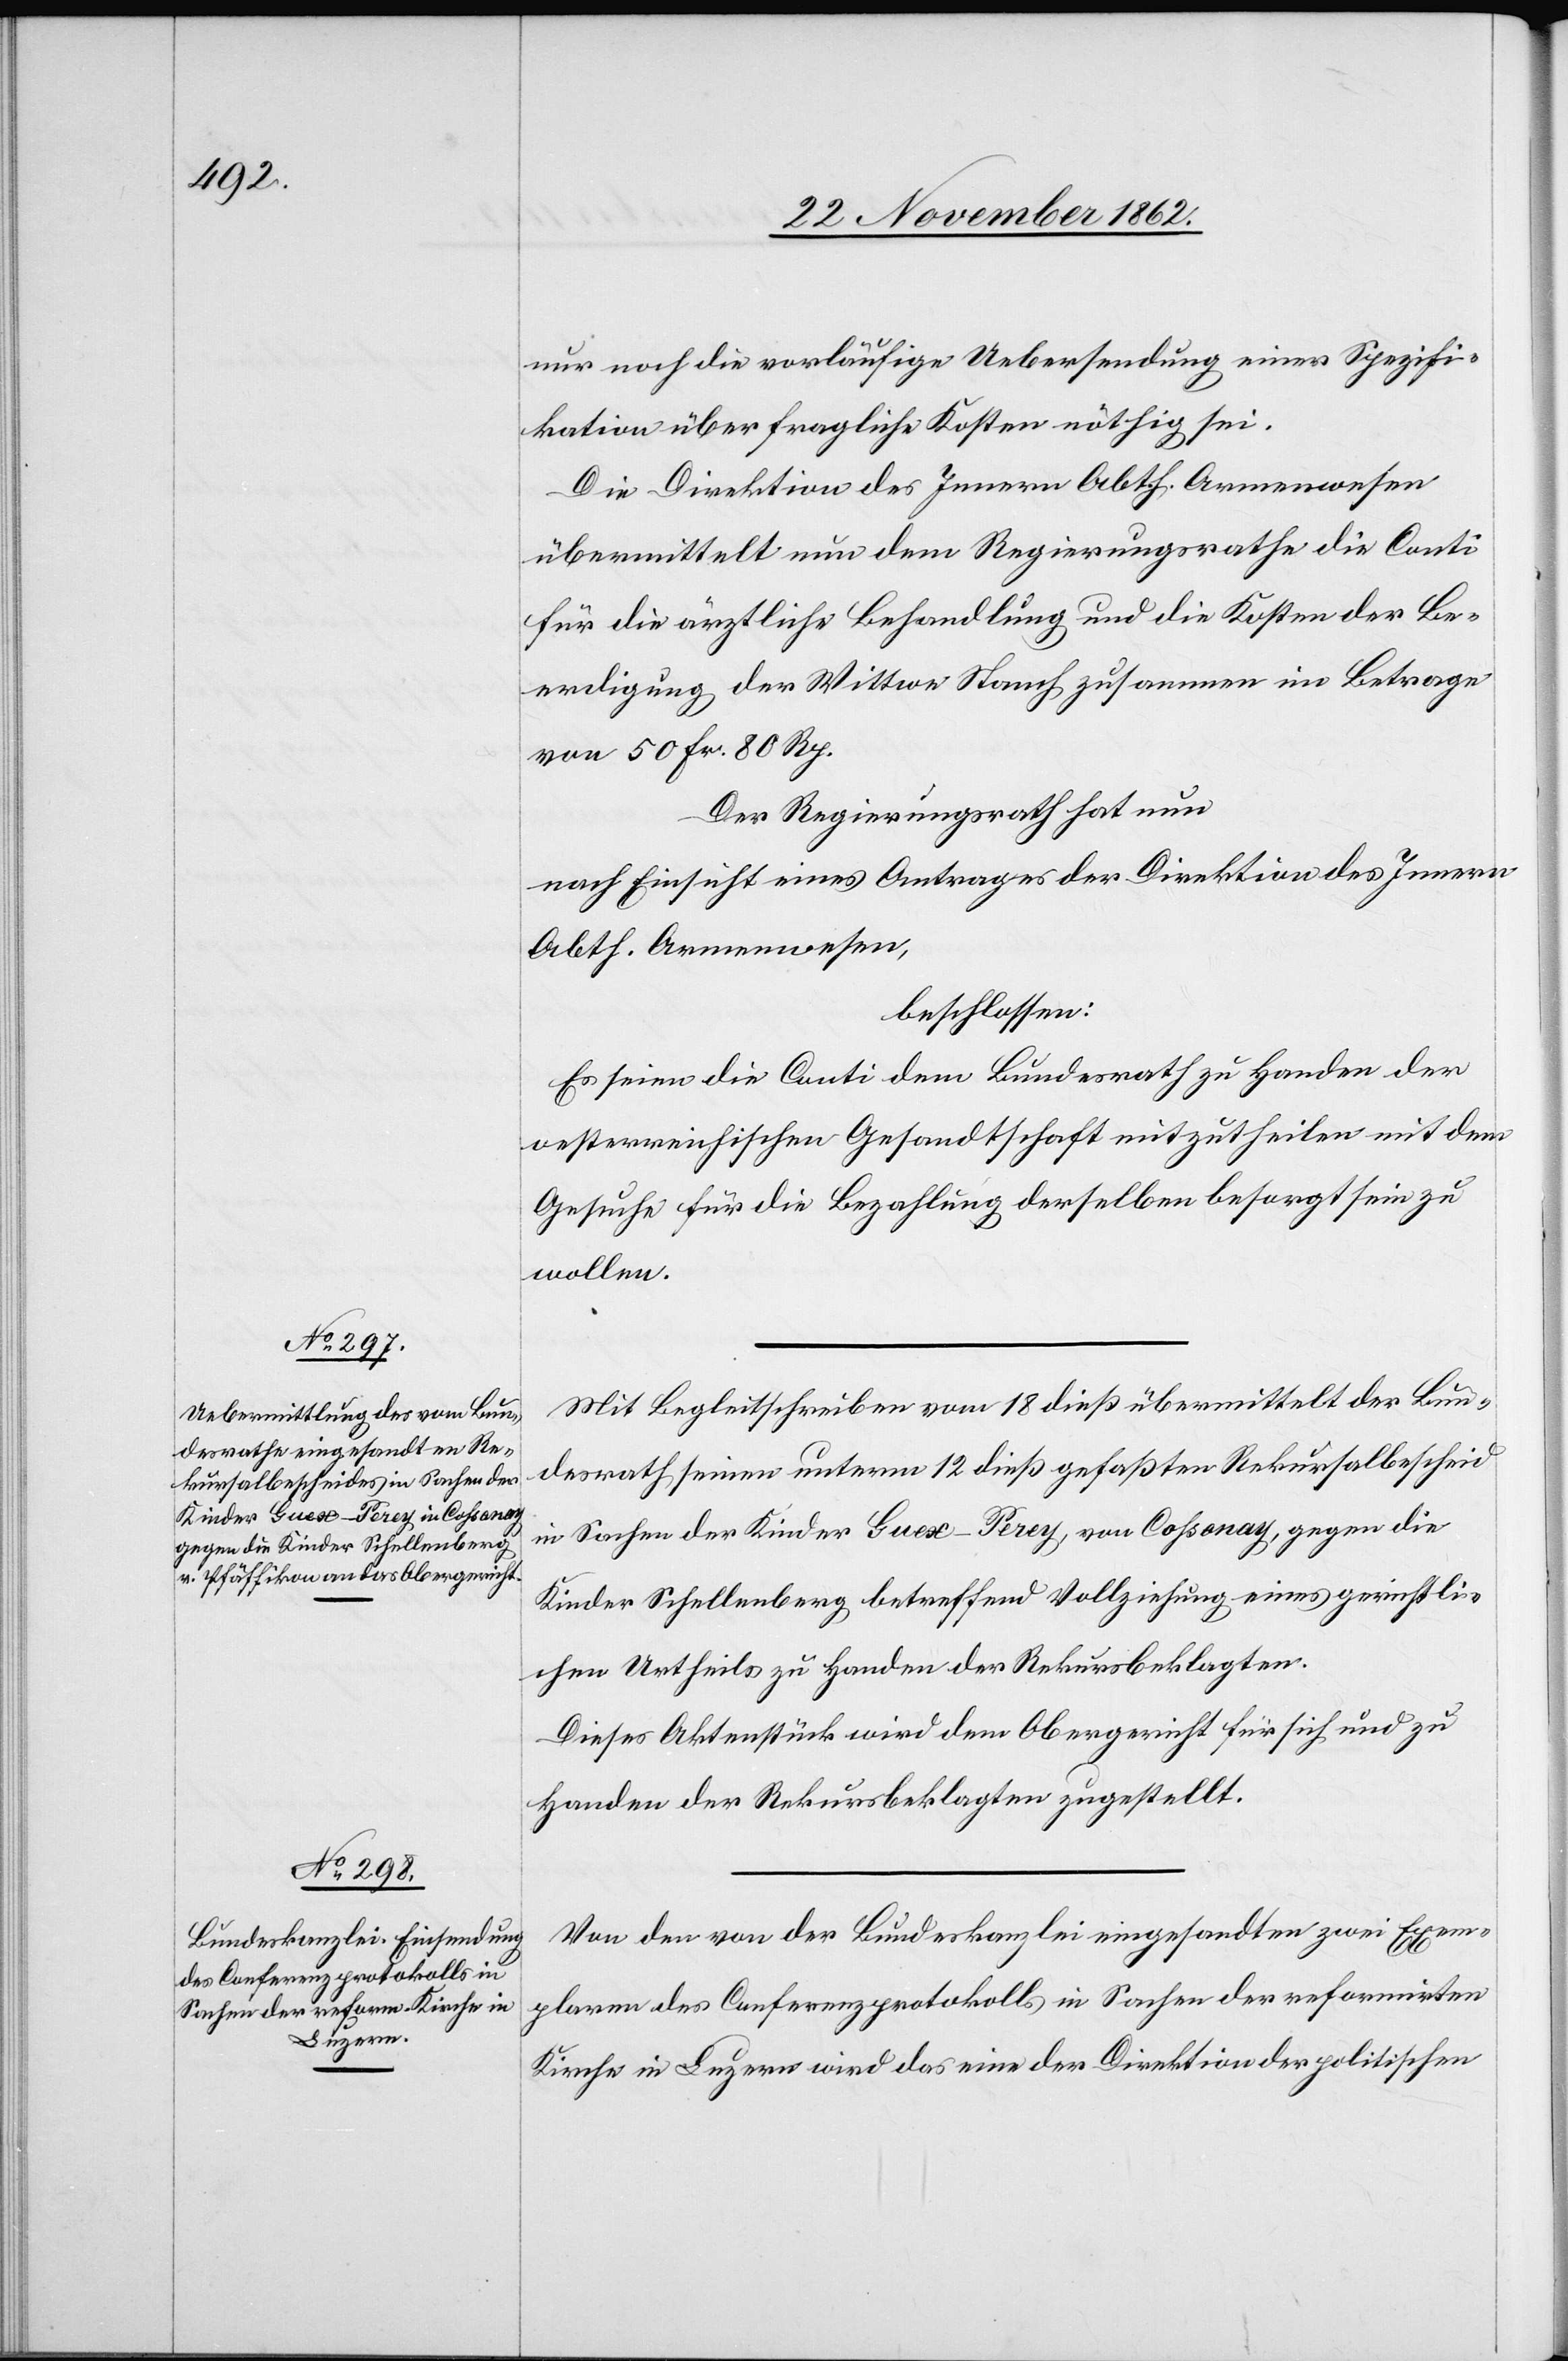
nur noch die vorläufige Uebersendung einer Spezifi¬
kation über fragliche Kosten nöthig sei.
Die Direktion des Innern Abth. Armenwesen
übermittelt nun dem Regierungsrathe die Conti
für die ärztliche Behandlung und die Kosten der Be¬
erdigung der Wittwe Stanch zusammen im Betrage
von 50 Fr. 80 Rp.
Der Regierungsrath hat nun
nach Einsicht eines Antrages der Direktion des Innern
Abth. Armenwesen,
beschlossen:
Es seien die Conti dem Bundesrath zu Handen der
oesterreichischen Gesandtschaft mitzutheilen mit dem
Gesuche für die Bezahlung derselben besorgt sein zu
wollen.
Mit Begleitschreiben vom 18. dieß übermittelt der Bun¬
desrath seinen unterm 12. dieß gefaßten Rekursalbescheid
in Sachen der Kinder Guex-Perey, von Cossonay, gegen die
Kinder Schellenberg betreffend Vollziehung eines gerichtli¬
chen Urtheils zu Handen der Rekursbeklagten.
Dieses Aktenstück wird dem Obergericht für sich und zu
Handen der Rekursbeklagten zugestellt.
Von den von der Bundeskanzlei eingesandten zwei Exem¬
plaren des Conferenzprotokolls in Sachen der reformirten
Kirche in Luzern wird das eine der Direktion der politischen